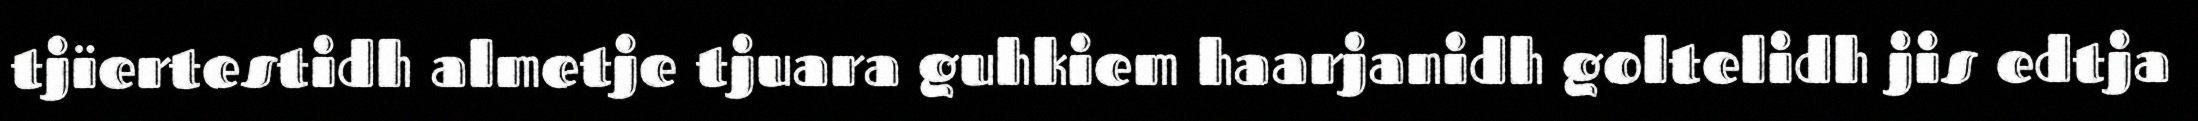
tjïertestidh almetje tjuara guhkiem haarjanidh goltelidh jis edtja